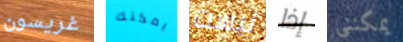
غريسون يمكنك ليست إذا يمكنني